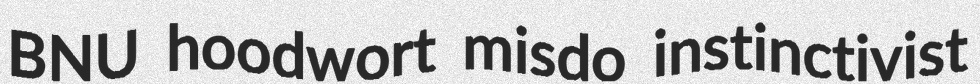
BNU hoodwort misdo instinctivist